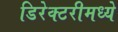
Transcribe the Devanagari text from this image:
डिरेक्टरीमध्ये